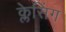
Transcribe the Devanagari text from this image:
क्लेसिंग